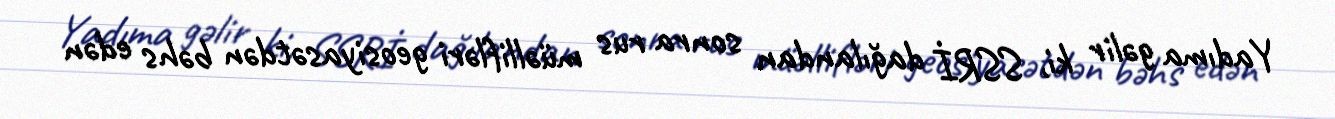
Yadıma gəlir ki, SSRİ dağılandan sonra rus müəllifləri geosiyasətdən bəhs edən